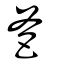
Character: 爸